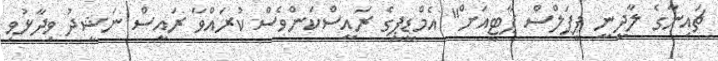
ޗައިނާގެ ލާދީނީ ޕީޕަލްސް ޕާޓީއަށް" އެމްޑީޕީގެ ރަައީސްކަންވެސް ކުރައްވާ ރައީސް ނަޝީދު ވިދާޅުވި